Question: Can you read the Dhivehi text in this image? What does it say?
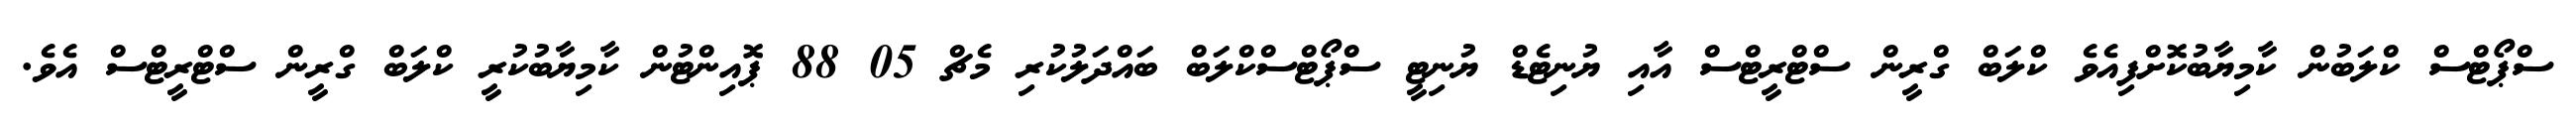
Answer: ސްޕޯޓްސް ކްލަބުން ކާމިޔާބުކޮށްފިއެވެ ކްލަބް ގްރީން ސްޓްރީޓްސް އާއި ޔުނިޓެޑް ޔުނިޓީ ސްޕޯޓްސްކްލަބް ބައްދަލުކުރި މެޗް 05 88 ޕޮއިންޓުން ކާމިޔާބުކުރީ ކްލަބް ގްރީން ސްޓްރީޓްސް އެވެ.